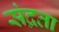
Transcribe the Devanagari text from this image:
संद्रता